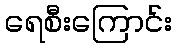
ရေစီးကြောင်း